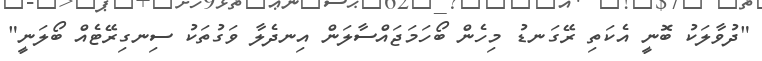
"ދުވާލަކު ބޮނީ އެކަތި ރޭގަނޑު މިހެން ބޯހަމަޖައްސާލަން އިނދެލާ ވަގުތަކު ސިނގިރޭޓެއް ބޯލަނީ"